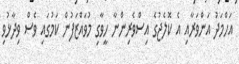
އަހްމަދު އަންވަރާއި އެ ކޮލެޖުގެ އިސްވެރިންނާ ހީވާގި މުވައްޒަފުން ކަމުގައި ވެސް ވިދާޅުވި